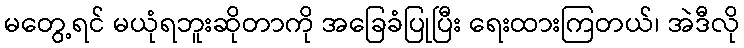
မတွေ့ရင် မယုံရဘူးဆိုတာကို အခြေခံပြုပြီး ရေးထားကြတယ်၊ အဲဒီလို